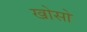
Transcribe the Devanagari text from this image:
खोसो